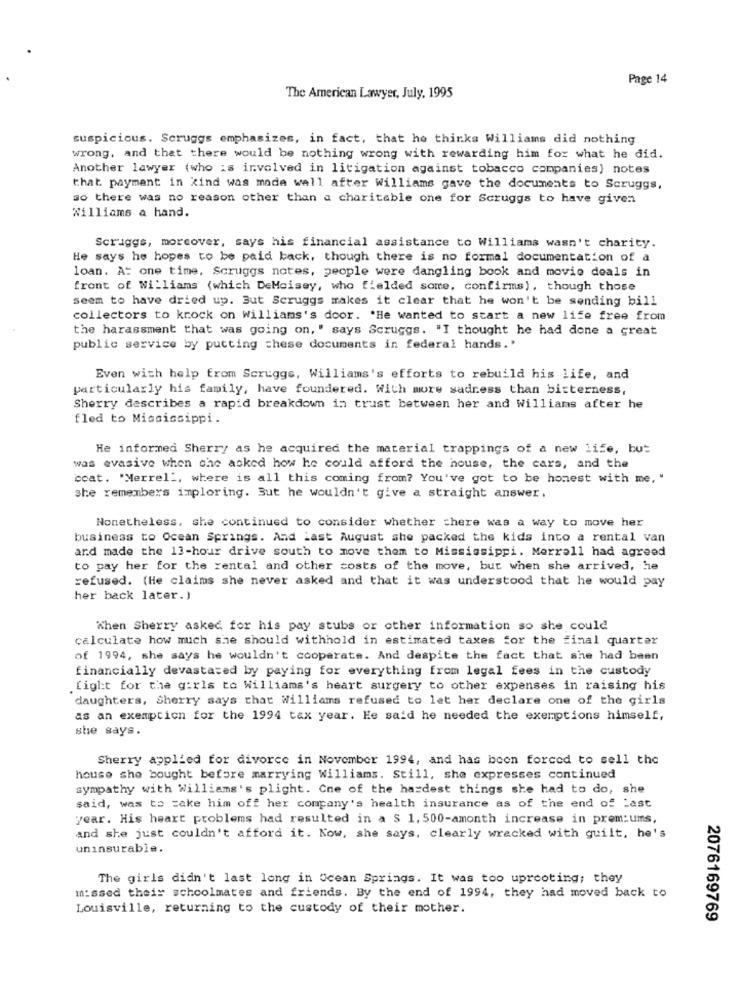
Page 14
The American Lawyer, July, 1995
suspicious. Scruggs emphasizes, in fact, that he thinks Williams did nothing
wrong, and that there would be nothing wrong with rewarding him for what he did.
Another lawyer (who is involved in litigation against tobacco companies) notes
that payment in kind was made wall after Williams gave the documents to Scruggs,
so there was no reason other than a charitable one for Scruggs to have given
Williams a hand.
Scruggs, moreover, says his financial assistance to Williams wasn't charity.
He says he hopes to be paid back, though there is no formal documentation of a
loan. At one time, Scruggs notes, people were dangling book and movie deals in
front of Williams (which DeMoisey, who fielded some, confirms), though those
seem to have dried up. But Scruggs makes it clear that he won't be sending bill
collectors to krock on williams's door. "He wanted to start a new life free from
the harassment that was going on,' says Scruggs. "I thought he had done a great
public service by putting these documents in federal hands.'
Even with help from Scruggs, Williams's efforts to rebuild his life, and
particularly his family, have foundered. With more sadress than bitterness,
Sherry describes a rapid breakdown in trust between her and Williams after he
fled to Mississippi.
He informed Sherry as he acquired the material trappings of a new life, but
was evasive when she asked how he could afford the house, the cars, and the
ccat. "Merrel', where is all this coming from? You've got to be honest with me, "
she remembers imploring. But he wouldn't give a straight answer.
Nonetheless, she continued to consider whether there was a way to move her
business to Ocean Springs. And Last August she packed the kids into a rental van
ard made the 13-hour drive south to move them to Mississippi. Merrell had agreed
to pay her for the rental and other costs of the move, but when she arrived, he
refused. (He claims she never asked and that it was understood that he would pay
her back later.)
When Sherry asked for his pay stubs or other information so she could
calculate how much she should withhold in estimated taxes for the final quarter
of 1994, she says he wouldn't cooperate. And despite the fact that she had been
financially devastated by paying for everything from legal fees in the custody
fight for the girls to Williams's heart surgery to other expenses in raising his
daughters, Sherry says that Williams refused to let har declare one of the girls
as an exemption for the 1994 tax year. He said he needed the exemptions himself,
she says.
Sherry applied for divorce in November 1994, and has been forced to sell the
house she bought before marrying Williams. Still, she expresses continued
sympathy with Williams's plight. Cne of the hardest things she had to do, she
said, was to take him off her company's health insurance as of the end of Last
year. His heart problems had resulted in a $ 1. 500-amonth increase in prem:ums,
and she just couldn't afford it. Kow, she says, clearly wrecked with guilt, he's
uninsurable.
The girls didn't last long in Ocean Springs. It was too uprooting; they
missed theis schoolmates and friends. By the end of 1994, they had moved back to
Louisville, returning to the custody of their mother.
2076169769